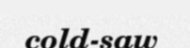
cold-saw